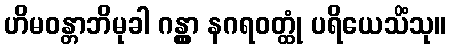
ဟိမဝန္တာဘိမုခါ ဂန္တွာ နဂရဝတ္ထုံ ပရိယေသိံသု။